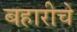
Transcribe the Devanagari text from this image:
बहारीचे